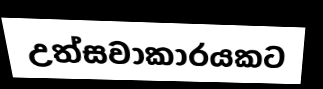
උත්සවාකාරයකට